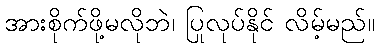
အားစိုက်ဖို့မလိုဘဲ၊ ပြုလုပ်နိုင် လိမ့်မည်။